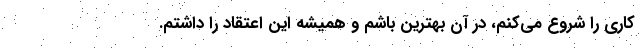
کاری را شروع می‌کنم، در آن بهترین باشم و همیشه این اعتقاد را داشتم.